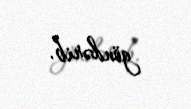
göndərib.